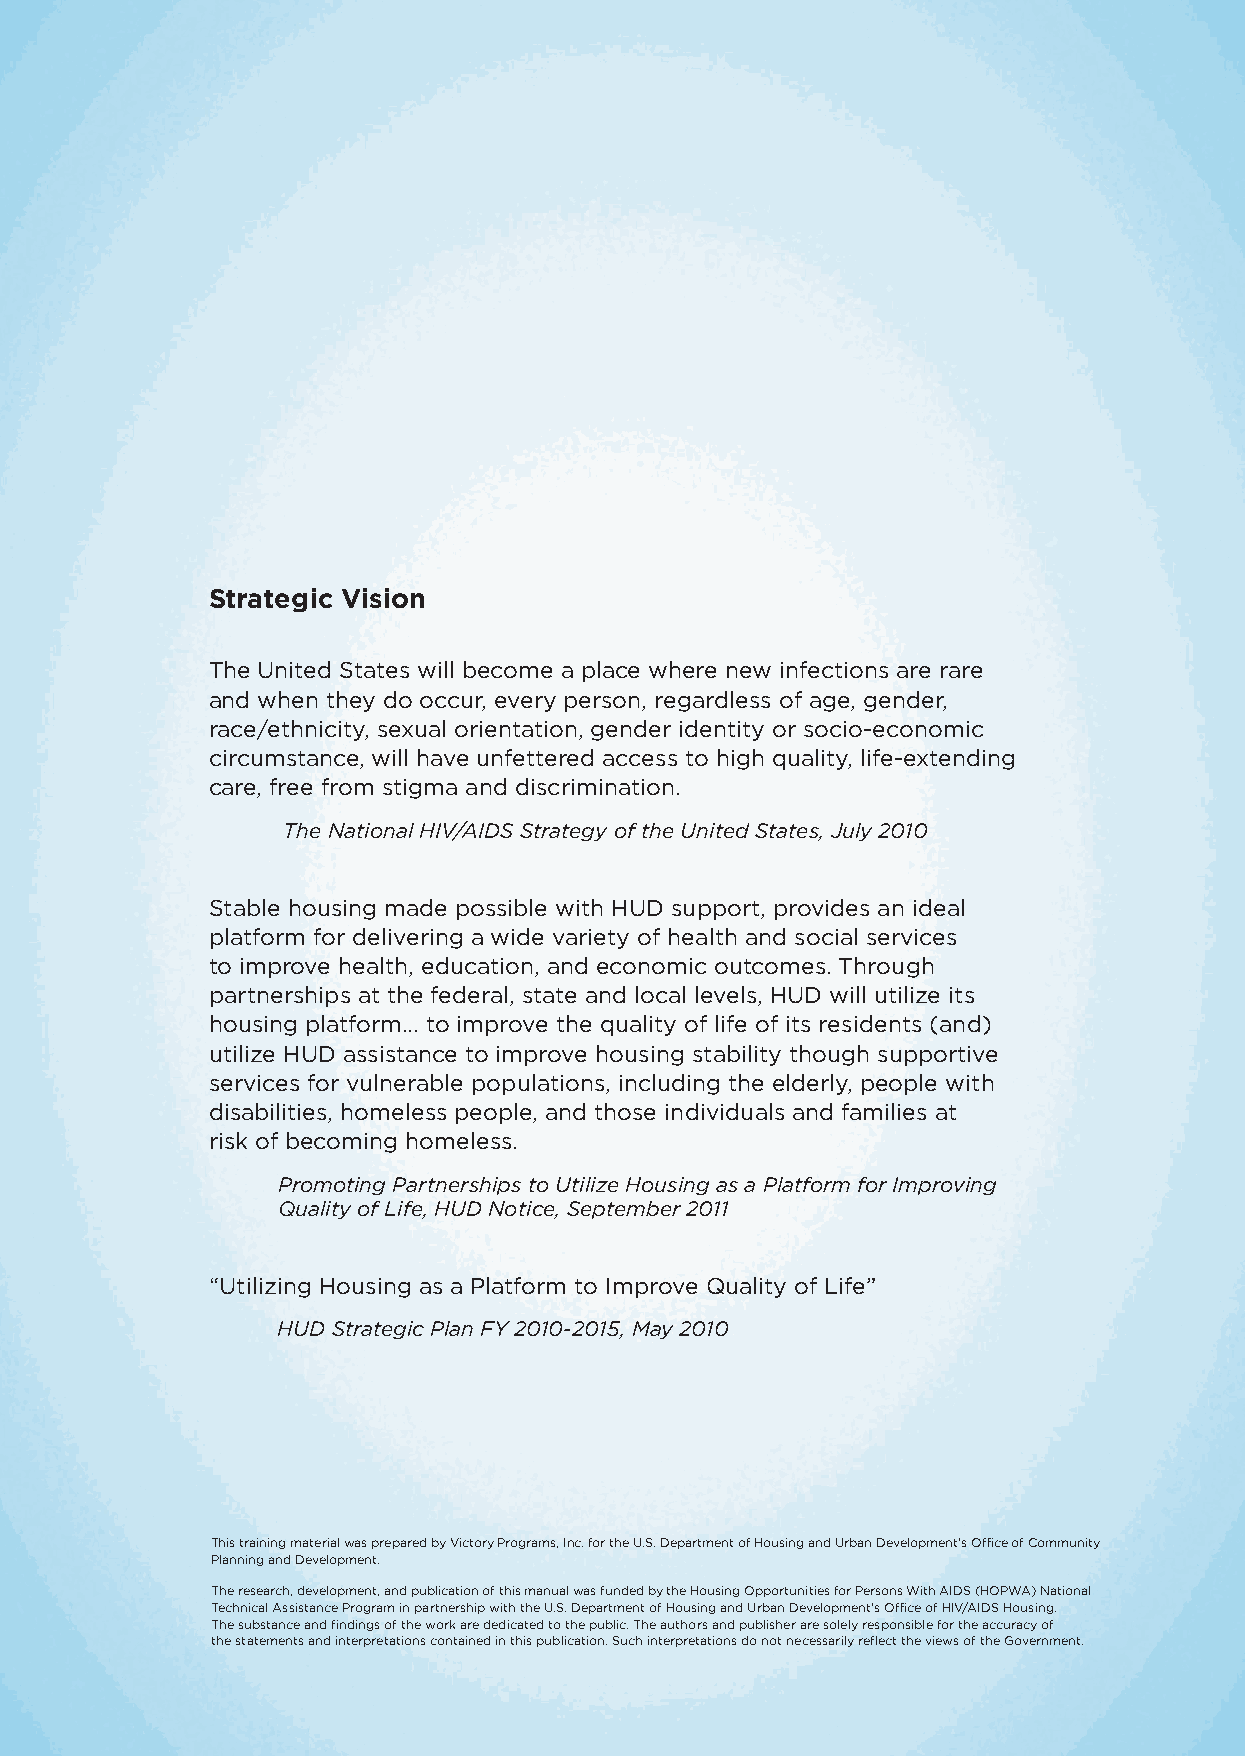
Strategic Vision
 The United States will become a place where new infections are rare
 and when they do occur, every person, regardless of age, gender,
 race/ethnicity, sexual orientation, gender identity or socio-economic
 circumstance, will have unfettered access to high quality, life-extending
 care, free from stigma and discrimination.
 The National HIV/AIDS Strategy of the United States, July 2010
 Stable housing made possible with HUD support, provides an ideal
 platform for delivering a wide variety of health and social services
 to improve health, education, and economic outcomes. Through
 partnerships at the federal, state and local levels, HUD will utilize its
 housing platform… to improve the quality of life of its residents (and)
 utilize HUD assistance to improve housing stability though supportive
 services for vulnerable populations, including the elderly, people with
 disabilities, homeless people, and those individuals and families at
 risk of becoming homeless.
 Promoting Partnerships to Utilize Housing as a Platform for Improving
 Quality of Life, HUD Notice, September 2011
 “Utilizing Housing as a Platform to Improve Quality of Life”
 HUD Strategic Plan FY 2010-2015, May 2010
 This training material was prepared by Victory Programs, Inc. for the U.S. Department of Housing and Urban Development’s Office of Community
 Planning and Development.
 The research, development, and publication of this manual was funded by the Housing Opportunities for Persons With AIDS (HOPWA) National
 Technical Assistance Program in partnership with the U.S. Department of Housing and Urban Development’s Office of HIV/AIDS Housing.
 The substance and findings of the work are dedicated to the public. The authors and publisher are solely responsible for the accuracy of
 the statements and interpretations contained in this publication. Such interpretations do not necessarily reflect the views of the Government.